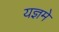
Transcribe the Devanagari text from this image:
यज्ञमे